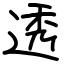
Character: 透